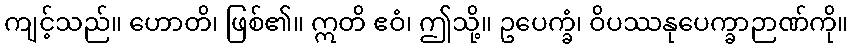
ကျင့်သည်။ ဟောတိ၊ ဖြစ်၏။ ဣတိ ဧဝံ၊ ဤသို့။ ဥပေက္ခံ၊ ဝိပဿနုပေက္ခာဉာဏ်ကို။